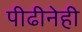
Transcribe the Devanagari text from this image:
पीढीनेही